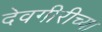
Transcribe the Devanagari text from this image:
देवगीरीच्या